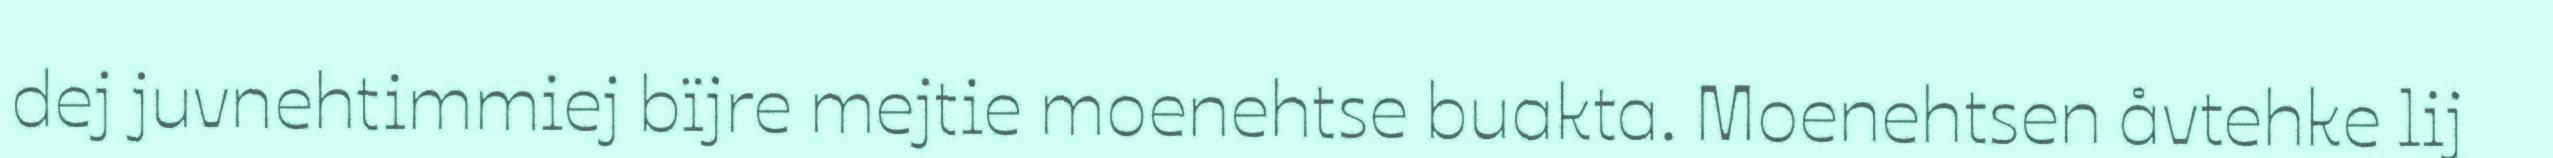
dej juvnehtimmiej bïjre mejtie moenehtse buakta. Moenehtsen åvtehke lij